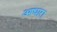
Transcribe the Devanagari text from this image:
आधारा